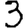
Digit: 3